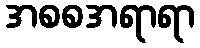
အစစအရာရာ